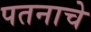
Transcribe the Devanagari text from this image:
पतनाचे